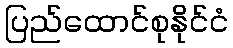
ပြည်ထောင်စုနိုင်ငံ